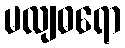
မလျဓရော